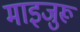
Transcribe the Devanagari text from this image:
माइजुरू